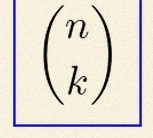
\binom{n}{k}